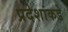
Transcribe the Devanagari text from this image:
प्रदेशांकडे